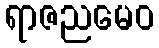
ရာဇညမေဝ